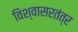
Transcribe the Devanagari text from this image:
विश्वासरतंत्र